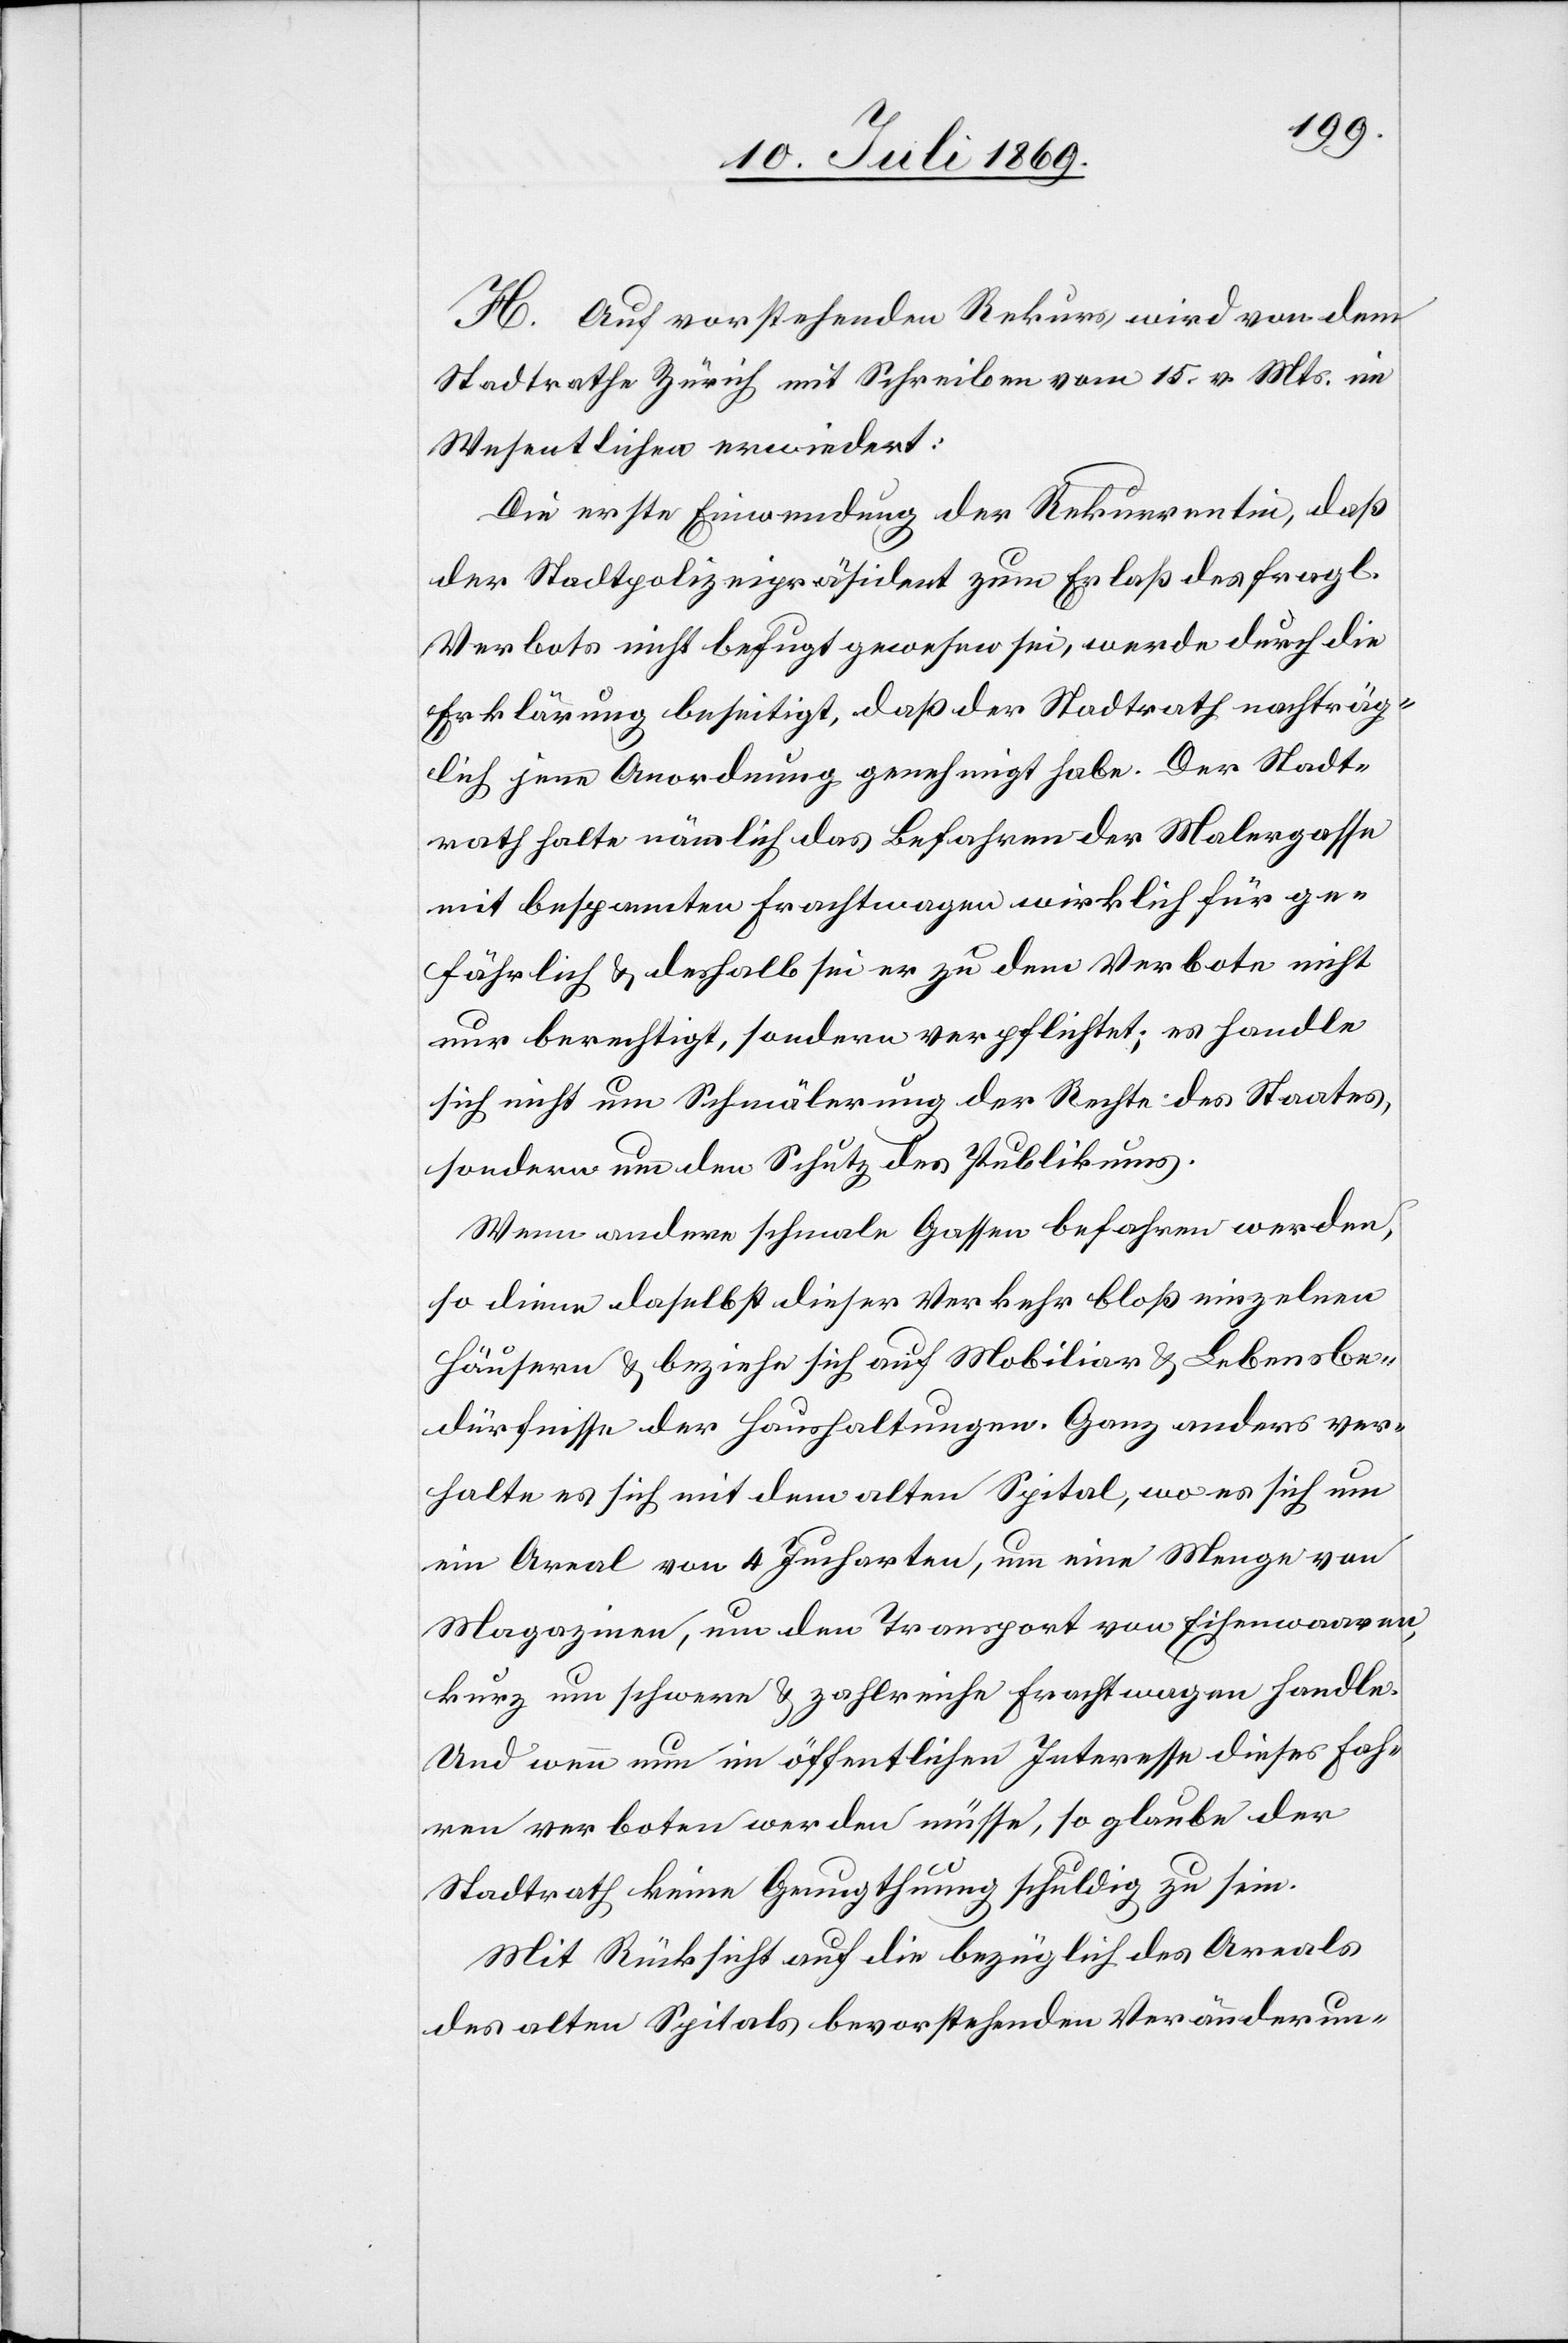
H. Auf vorstehenden Rekurs wird von dem
Stadtrathe Zürich mit Schreiben vom 15 v. Mts. im
Wesentlichen erwiedert:
Die erste Einwendung der Rekurrentin, daß
der Stadtpolizeipräsident zum Erlaß des fragl.
Verbots nicht befugt gewesen sei, wurde durch die
Erklärung beseitigt, daß der Stadtrath nachträg¬
lich jene Anordnung genehmigt habe. Der Stadt¬
rath halte nämlich das Befahren der Malergasse
mit bespannten Frachtwagen wirklich für ge¬
fährlich u. deshalb sei er zu dem Verbote nicht
nur berechtigt, sondern verpflichtet; es handle
sich nicht um Schmälerung der Rechte des Staates,
sondern um den Schutz des Publikums.
Wenn andere schmale Gassen befahren werden,
so diene daselbst dieser Verkehr bloß einzelnen
Häusern u. beziehe sich auf Mobiliar u. Lebensbe¬
dürfnisse der Haushaltungen. Ganz anders ver¬
halte es sich mit dem alten Spital, wo es sich um
ein Areal von 4 Jucharten, um eine Menge von
Magazinen, um den Transport von Eichenwaaren,
kurz um schwere u. zahlreiche Frachtungen handle.
Und wenn nun im öffentlichen Interesse dieses Fah¬
ren verboten werden müsse, so glaube der
Stadtrath keine Genugthuung schuldig zu sein.
Mit Rücksicht auf die bezüglich des Areals
des alten Spitals bevorstehenden Veränderun-